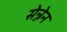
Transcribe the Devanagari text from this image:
सेन्नेन